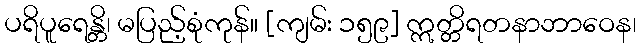
ပရိပူရေန္တိ၊ မပြည့်စုံကုန်။ [ကျမ်း ၁၅၉] ဣတ္တိရတနာဘာဝေန၊